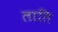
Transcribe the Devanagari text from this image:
लाति